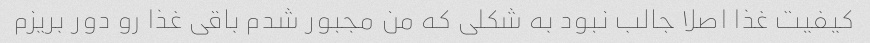
کیفیت غذا اصلا جالب نبود به شکلی که من مجبور شدم باقی غذا رو دور بریزم